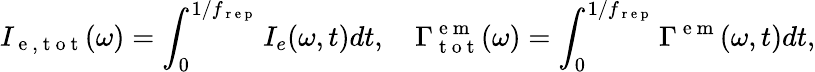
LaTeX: I_{\mathrm{~e~,~t~o~t~}}(\omega)=\int_{0}^{1/f_{\mathrm{~r~e~p~}}}I_{e}(\omega,t)dt,\quad\Gamma_{\mathrm{~t~o~t~}}^{\mathrm{~e~m~}}(\omega)=\int_{0}^{1/f_{\mathrm{~r~e~p~}}}\Gamma^{\mathrm{~e~m~}}(\omega,t)dt,